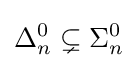
\Delta _{n}^{0}\subsetneq \Sigma _{n}^{0}